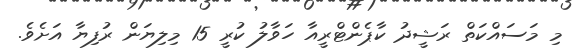
މި މަސައްކަތް ރަޝީދު ކާޕެންޓްރީއާ ހަވާލު ކުރީ 15 މިލިޔަން ރުފިޔާ އަށެވެ.